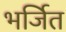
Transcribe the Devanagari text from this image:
भर्जित